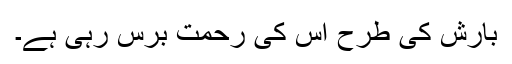
بارش کی طرح اس کی رحمت برس رہی ہے۔